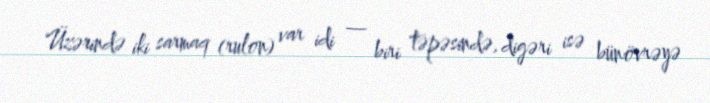
Üzərində iki sarmaq (rulon) var idi — biri təpəsində, digəri isə bünövrəyə